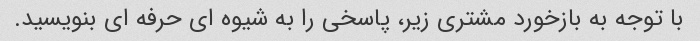
با توجه به بازخورد مشتری زیر، پاسخی را به شیوه ای حرفه ای بنویسید.